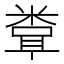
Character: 𬖧